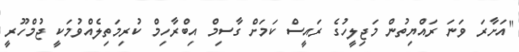
"އަށާރަ ވަނަ ރައްޔިތުން މަޖިލީހުގެ ރައީސް ކަމަށް ގާސިމް އިބްރާހިމް ކުރިމަތިލެއްވުމަކީ ޖުމްހޫރީ